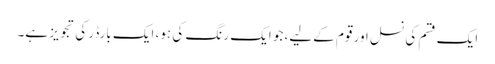
ایک قسم کی نسل اور قوم کےلیے، جو ایک رنگ کی ہو، ایک بارڈر کی تجویز ہے۔